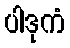
ပါဒုကံ